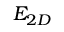
E _ { 2 D }